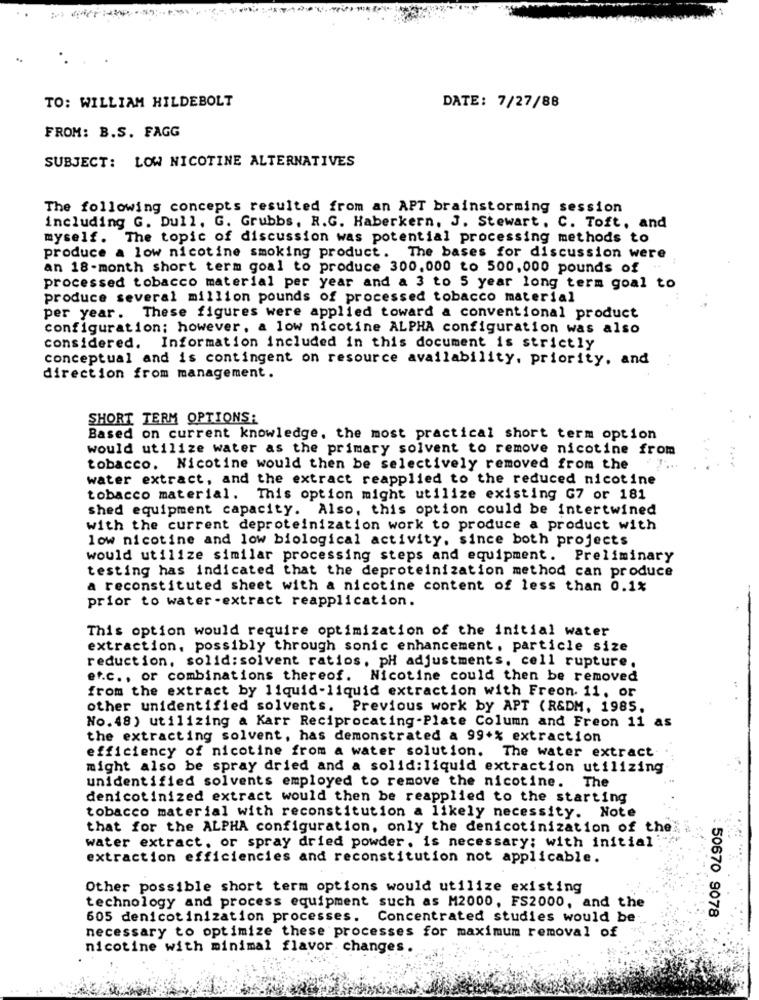
TO: WILLIAM HILDEBOLT
DATE: 7/27/88
FROM: B.S. FAGG
SUBJECT: LOW NICOTINE ALTERNATIVES
The following concepts resulted from an APT brainstorming session
including G. Dull. G. Grubbs, R.G. Haberkern. J. Stewart. C. Toft, and
myself. The topic of discussion was potential processing methods to
produce a low nicotine smoking product. The bases for discussion were
an 18-month short term goal to produce 300,000 to 500,000 pounds of
processed tobacco material per year and a 3 to 5 year long term goal to
produce several million pounds of processed tobacco material
per year. These figures were applied toward a conventional product
configuration; however, a low nicotine ALPHA configuration was also
considered. Information included in this document is strictly
conceptual and is contingent on resource availability. priority, and
direction from management.
SHORT TERM OPTIONS:
Based on current knowledge, the most practical short term option
would utilize water as the primary solvent to remove nicotine from
tobacco. Nicotine would then be selectively removed from the '".
water extract, and the extract reapplied to the reduced nicotine
tobacco material. This option might utilize existing G7 or 181
shed equipment capacity. Also, this option could be intertwined
with the current deproteinization work to produce a product with
low nicotine and low biological activity, since both projects
would utilize similar processing steps and equipment. Preliminary
testing has indicated that the deproteinization method can produce
a reconstituted sheet with a nicotine content of less than 0.1%
prior to water-extract reapplication.
This option would require optimization of the initial water
extraction, possibly through sonic enhancement, particle size
reduction, solid: solvent ratios, pH adjustments, cell rupture,
er.c ., or combinations thereof. Nicotine could then be removed
from the extract by liquid-liquid extraction with Freon. 11, or
other unidentified solvents. Previous work by APT (R&DM, 1985.
No. 48) utilizing a Karr Reciprocating-Plate Column and Freon 11 as
the extracting solvent, has demonstrated a 99*% extraction
efficiency of nicotine from a water solution. The water extract
might also be spray dried and a solid:liquid extraction utilizing
unidentified solvents employed to remove the nicotine. The
denicotinized extract would then be reapplied to the starting
tobacco material with reconstitution a likely necessity. Note
that for the ALPHA configuration, only the denicotinization of the
water extract, or spray dried powder. is necessary; with initial
extraction efficiencies and reconstitution not applicable.
Other possible short term options would utilize existing
technology and process equipment such as M2000, FS2000, and the
: 50670 9078
605 denicotinization processes.
Concentrated studies would be
necessary to optimize these processes for maximum removal of
nicotine with minimal flavor. changes.